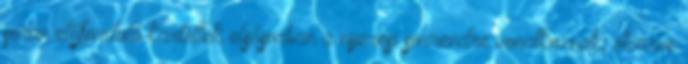
során előforduló kartellek elsősorban a nyerési sorrendre vonatkoznak, ötvözve